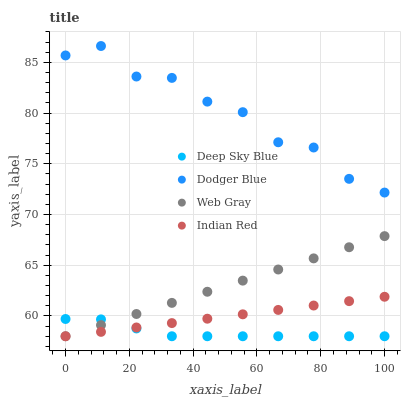
| xaxis_label | Deep Sky Blue | Dodger Blue | Web Gray | Indian Red |
 | --- | --- | --- | --- | --- |
 | 0 | 59.7 | 85.7 | 58 | 58 |
 | 11.1 | 59.7 | 86.6 | 59.1 | 58.4 |
 | 22.2 | 58.8 | 83.6 | 60.2 | 58.9 |
 | 33.3 | 58 | 83.5 | 61.3 | 59.3 |
 | 44.4 | 58 | 81.1 | 62.4 | 59.7 |
 | 55.6 | 58 | 80.1 | 63.5 | 60.2 |
 | 66.7 | 58 | 77.1 | 64.6 | 60.6 |
 | 77.8 | 58 | 76.6 | 65.7 | 61 |
 | 88.9 | 58 | 73.5 | 66.8 | 61.5 |
 | 100 | 58 | 72.2 | 67.9 | 61.9 |